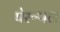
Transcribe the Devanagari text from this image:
पेरूपल